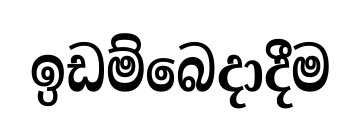
ඉඩම්බෙදාදීම